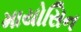
માયોસિન